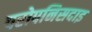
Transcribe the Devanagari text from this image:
परोपनिसदाइ